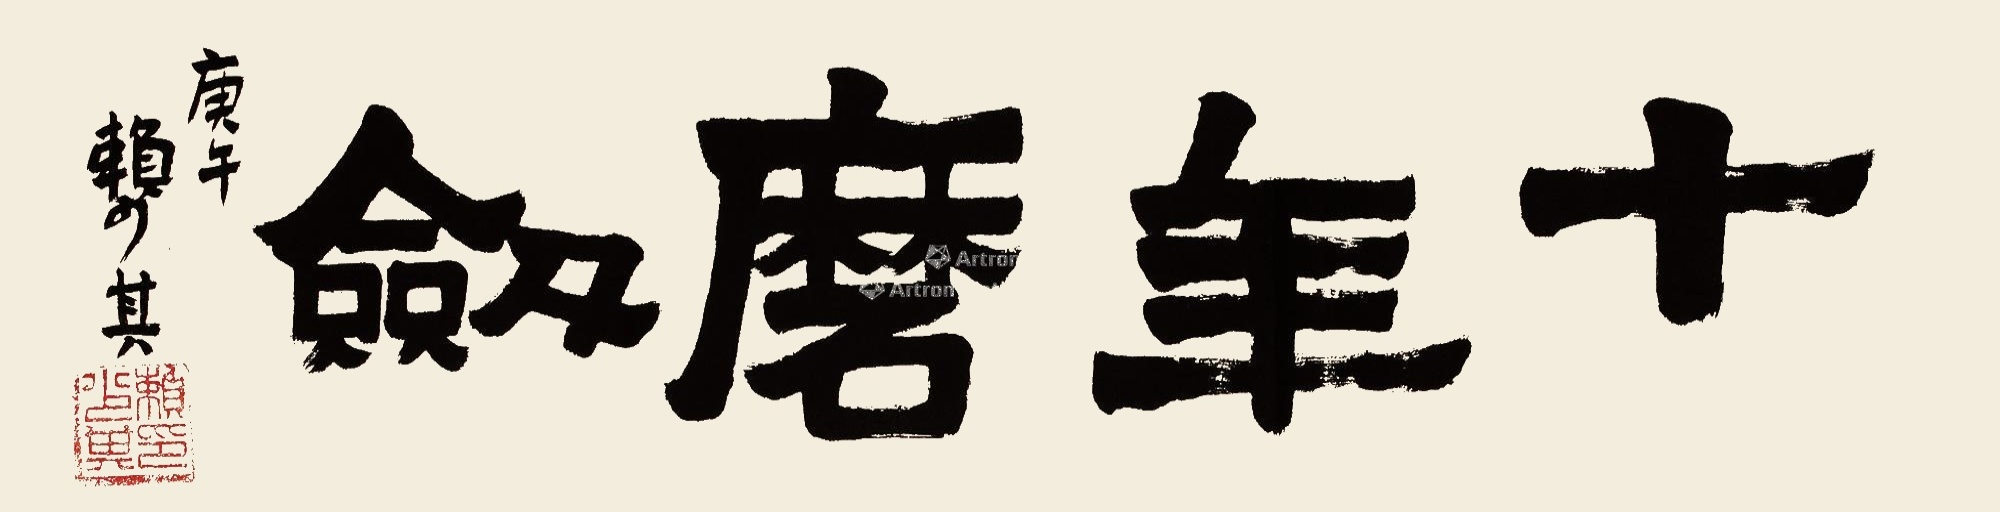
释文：十年磨剑。庚午，赖少其。